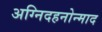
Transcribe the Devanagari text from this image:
अग्निदहनोन्माद